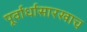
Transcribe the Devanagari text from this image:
पूर्वार्धासारखाच